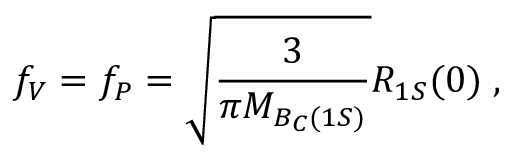
f _ { V } = f _ { P } = \sqrt { \frac { 3 } { \pi M _ { B _ { C } ( 1 S ) } } } R _ { 1 S } ( 0 ) \; ,